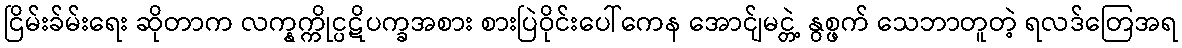
ငြိမ်းခ်မ်းရေး ဆိုတာက လက္နက္ကိုင္ပဋိပက္ခအစား စားပြဲဝိုင်းပေါ်ကေန အောင်ျမင္တဲ့ နွစ္ဖက် သေဘာတူတဲ့ ရလဒ်တြေအရ